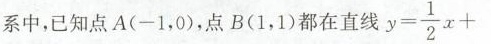
系中，已知点A(-1，0)，点B(1，1)都在直线$$y = \frac{1}{2}x+